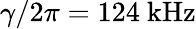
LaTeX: \gamma/2\pi=124~\mathrm{kHz}